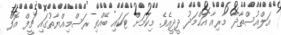
އަލްއުސްތާޛާ މާރިއާ އަޙްމަދު ދީދީއެވެ. މިކަމަށް ޓަކައި ބޭއްވި ރަސްމިއްޔާތުގައި ޗީފް އޮފް